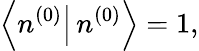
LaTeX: \left\langle n^{(0)}\right|\left.n^{(0)}\right\rangle=1,